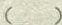
（）